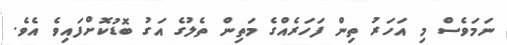
ނަމަވެސް މި އަހަރު ތިން ފަހަރެއްގެ މަތިން ތެލުގެ އަގު ބޮޑުކޮށްފައިވެ އެވެ.